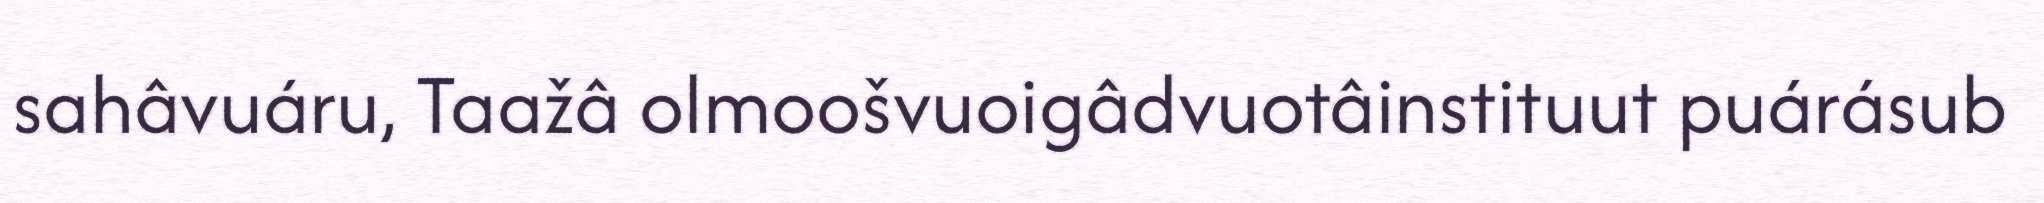
sahâvuáru, Taažâ olmoošvuoigâdvuotâinstituut puárásub